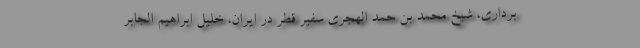
برداری، شیخ محمد بن حمد الهجری سفیر قطر در ایران، خلیل ابراهیم الجابر